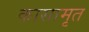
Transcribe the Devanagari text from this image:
कासामृत